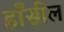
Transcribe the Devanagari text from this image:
हाँसील